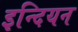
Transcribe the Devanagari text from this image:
इन्दियन